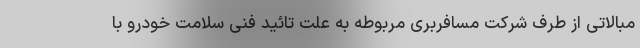
مبالاتی از طرف شرکت مسافربری مربوطه به علت تائید فنی سلامت خودرو با